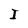
Character: I